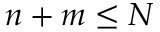
n + m \leq N